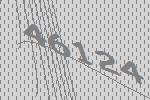
46124